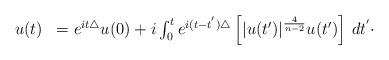
LaTeX: \begin{align*}\begin{array}{ll}u(t) & = e^{it \triangle} u(0) + i \int_{0}^{t} e^{i(t-t^{'}) \triangle} \left[ |u(t')|^{\frac{4}{n-2}} u(t') \right] \, dt^{'} \cdot\end{array}\end{align*}